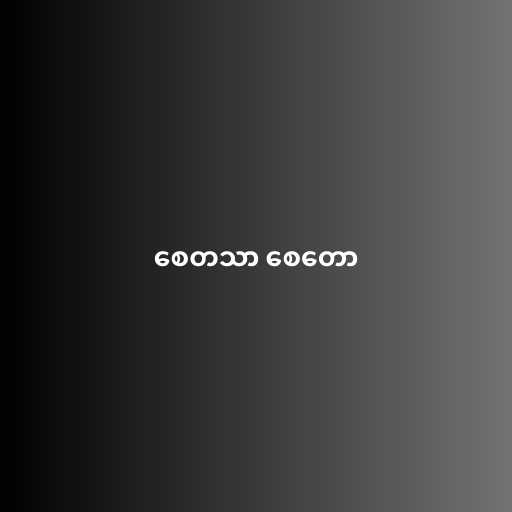
စေတသာ စေတော